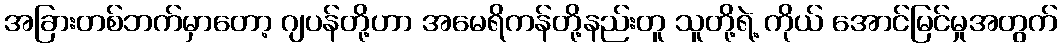
အခြားတစ်ဘက်မှာတော့ ဂျပန်တို့ဟာ အမေရိကန်တို့နည်းတူ သူတို့ရဲ့ ကိုယ် အောင်မြင်မှုအတွက်